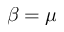
\beta = \mu